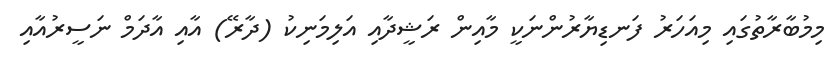
މިމުބާރާތުގައި މިއަހަރު ފަނޑިޔާރުންނަކީ މާއިން ރަޝީދާއި އަލިމަނިކު (ދާރޭ) އާއި އާދަމް ނަސީރުއާއި